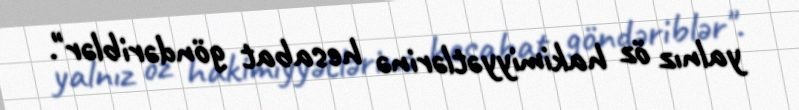
yalnız öz hakimiyyətlərinə hesabat göndəriblər".